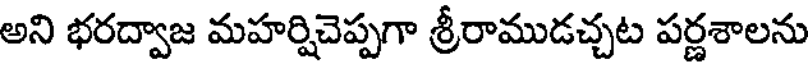
అని భరద్వాజ మహర్షిచెప్పగా శ్రీరాముడచ్చట పర్ణశాలను